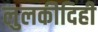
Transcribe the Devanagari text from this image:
लुलकीदिही